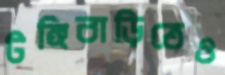
টঙ্গিবাড়িতেও